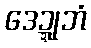
ဒေဍ္ဍုဘံ